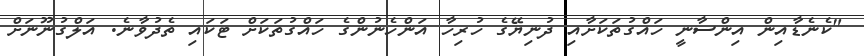
"ކެނެޑާއިން އިންސާނީ ހައްގުތަކަށާއި ދުނިޔޭގެ ހުރިހާ އަންހެނުންގެ ހައްގުތަކަށް ޓަކައި ތެދުވާނެ. އަލްގުނޫނަށް